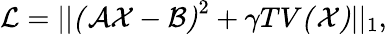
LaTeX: \mathcal{L}=||\mathcal{(AX-B)}^{2}+\gamma TV\mathcal{(X)}||_{1},